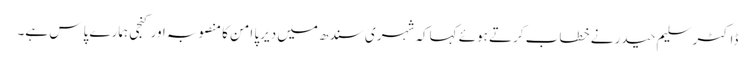
ڈاکٹر سلیم حیدر نے خطاب کرتے ہوئے کہاکہ شہری سندھ میں دیرپا امن کا منصوبہ اور کنجی ہمارے پاس ہے۔